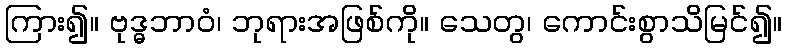
ကြား၍။ ဗုဒ္ဓဘာဝံ၊ ဘုရားအဖြစ်ကို။ သေတွ၊ ကောင်းစွာသိမြင်၍။